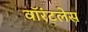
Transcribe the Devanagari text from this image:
वॉरंटलेस